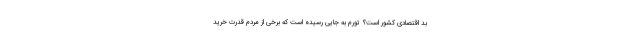
بد اقتصادی کشور است؟ تورم به جایی رسیده است که برخی از مردم قدرت خرید